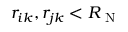
r _ { i k } , r _ { j k } < R _ { \mathrm { ~ N ~ } }